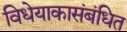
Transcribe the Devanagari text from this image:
विधेयाकासंबंधित